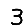
Digit: 3